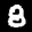
Label: 8